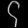
Digit: ၄